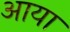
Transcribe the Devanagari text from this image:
अाया